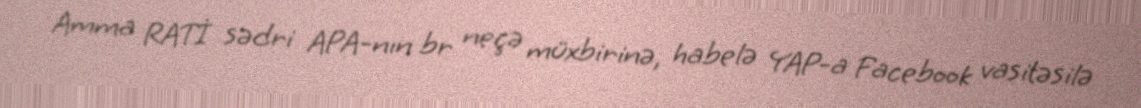
Amma RATİ sədri APA-nın br neçə müxbirinə, habelə YAP-a Facebook vasitəsilə